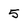
Character: 5